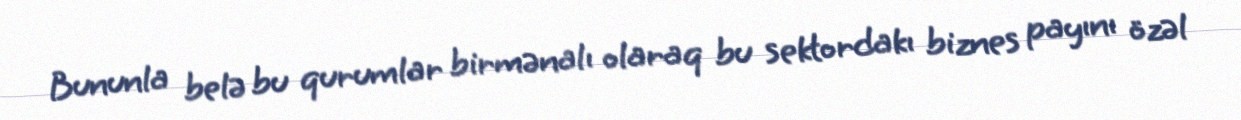
Bununla belə bu qurumlar birmənalı olaraq bu sektordakı biznes payını özəl